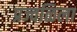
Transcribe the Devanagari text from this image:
प्रज्वळिला